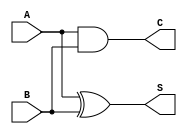
module current_mode_half_adder (
    input wire A,  // Current input for first binary bit
    input wire B,  // Current input for second binary bit
    output wire S, // Current output for sum
    output wire C  // Current output for carry
);

// Sum output (S = A XOR B)
assign S = A ^ B;

// Carry output (C = A AND B)
assign C = A & B;

endmodule